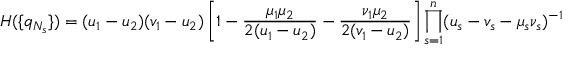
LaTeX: H ( \{ q _ { N _ { s } } \} ) = ( u _ { 1 } - u _ { 2 } ) ( v _ { 1 } - u _ { 2 } ) \left[ 1 - \frac { \mu _ { 1 } \mu _ { 2 } } { 2 ( u _ { 1 } - u _ { 2 } ) } - \frac { \nu _ { 1 } \mu _ { 2 } } { 2 ( v _ { 1 } - u _ { 2 } ) } \right] \prod _ { s = 1 } ^ { n } ( u _ { s } - v _ { s } - \mu _ { s } \nu _ { s } ) ^ { - 1 }